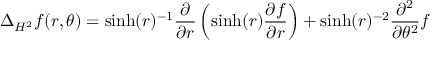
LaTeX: \Delta _ { H ^ { 2 } } f ( r , \theta ) = \sinh ( r ) ^ { - 1 } { \frac { \partial } { \partial r } } \left( \sinh ( r ) { \frac { \partial f } { \partial r } } \right) + \sinh ( r ) ^ { - 2 } { \frac { \partial ^ { 2 } } { \partial \theta ^ { 2 } } } f